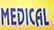
medical